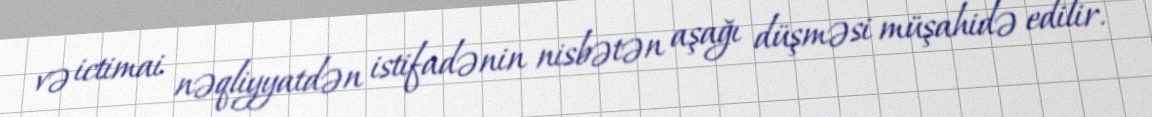
və ictimai nəqliyyatdən istifadənin nisbətən aşağı düşməsi müşahidə edilir.